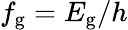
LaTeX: f_{\mathrm{g}}=E_{\mathrm{g}}/h